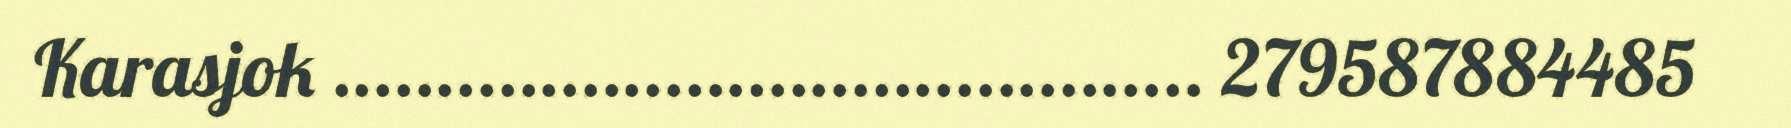
Karasjok .......................................... 279587884485